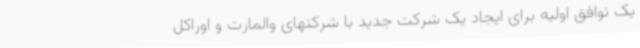
یک توافق اولیه برای ایجاد یک شرکت جدید با شرکتهای والمارت و اوراکل